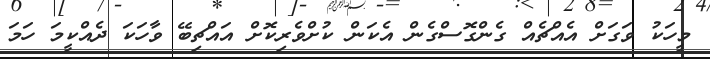
މީހަކު ވަގަށް އެއްޗެއް ގެންގޮސްގެން އެކަން ކުށްވެރިކޮށް އައްޗިބޭ ވާހަކަ ދެއްކީމަ ހަމަ